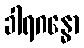
ခါရဂန္ဓော